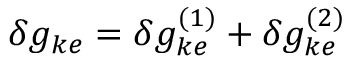
\delta g _ { k e } = \delta g _ { k e } ^ { ( 1 ) } + \delta g _ { k e } ^ { ( 2 ) }